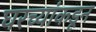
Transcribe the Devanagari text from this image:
घरच्यांकडून